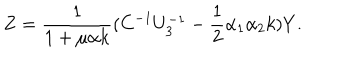
LaTeX: Z = { \frac { 1 } { 1 + \mu \alpha k } } ( C ^ { - 1 } U _ { 3 } ^ { - 1 } - { \frac { 1 } { 2 } } \alpha _ { 1 } \alpha _ { 2 } k ) Y .